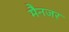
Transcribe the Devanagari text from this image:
मैनजर